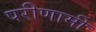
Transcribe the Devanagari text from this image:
परीणामी